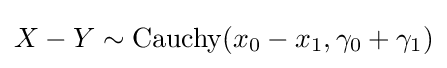
X-Y\sim \operatorname {Cauchy} (x_{0}-x_{1},\gamma _{0}+\gamma _{1})